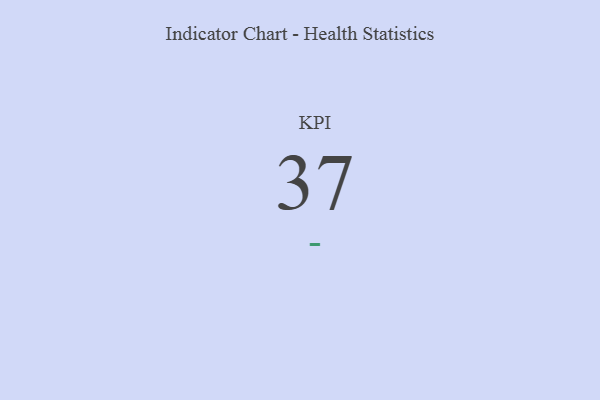
{"axis": {"x": "KPI", "y": "Value"}, "legend": [""], "data": [{"x": "KPI", "y": 37, "type": ""}]}